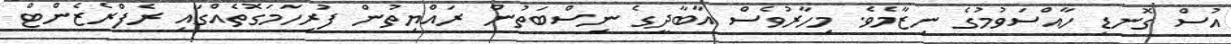
އުސް ގޮނޑި ހާއްސަވުމުގެ ނިޒާމެވެ. މިހާރުވެސް އާބާދީގެ ނިސްބަތުން ރައްޔިތުން ފުރިހަމަގޮތެއްގައި ރެފްރެޒެންޓް